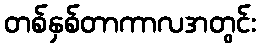
တစ်နှစ်တာကာလအတွင်း